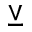
\veebar